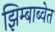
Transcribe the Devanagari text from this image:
झिम्बाब्वेत